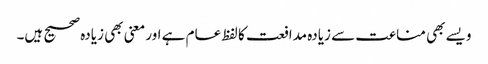
ویسے بھی مناعت سے زیادہ مدافعت کا لفظ عام ہے اور معنی بھی زیادہ صحیح ہیں۔